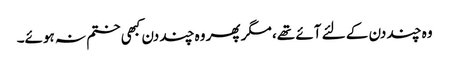
وہ چند دن کے لئے آئے تھے، مگر پھر وہ چند دن کبھی ختم نہ ہوئے۔